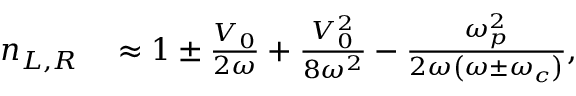
\begin{array} { r l } { n _ { L , R } } & { { } \approx 1 \pm \frac { V _ { 0 } } { 2 \omega } + \frac { V _ { 0 } ^ { 2 } } { 8 \omega ^ { 2 } } - \frac { \omega _ { p } ^ { 2 } } { 2 \omega \left( \omega \pm \omega _ { c } \right) } , } \end{array}